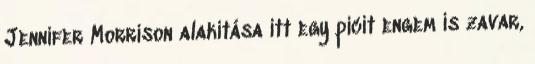
Jennifer Morrison alakítása itt egy picit engem is zavar,